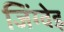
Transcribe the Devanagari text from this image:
जिंग्वेइ